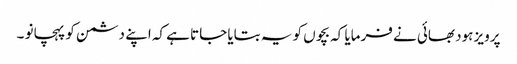
پرویز ہود بھائی نے فرمایا کہ بچوں کو یہ بتایا جاتا ہے کہ اپنے دشمن کو پہچانو ۔